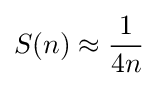
S(n)\approx {\frac {1}{4n}}